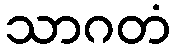
သာဂတံ